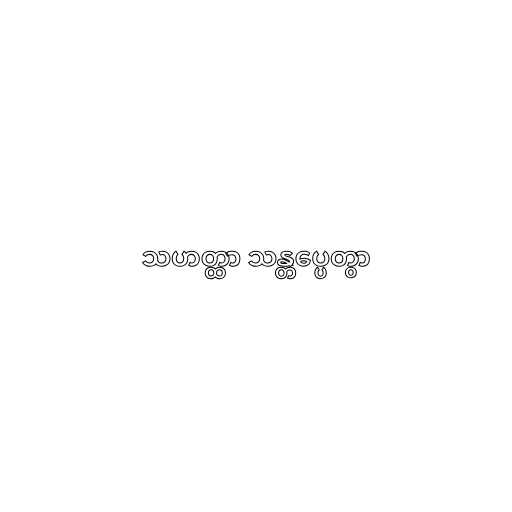
သဟတ္ထာ သန္တပ္ပေတွာ